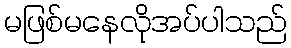
မဖြစ်မနေလိုအပ်ပါသည်